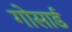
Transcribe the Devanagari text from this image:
गोसार्ड